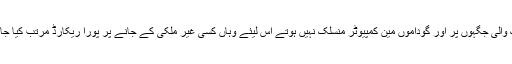
لوڈنگ والی جگہوں پر اور گوداموں مین کمپیوٹر منسلک نہیں ہوتے اس لیئے وہاں کسی غیر ملکی کے جانے پر پورا ریکارڈ مرتب کیا جاتا ہے۔